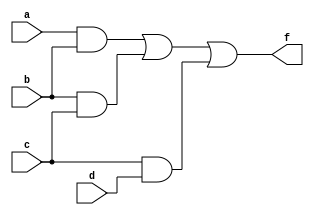
module MultiLevelSimplification (
    input wire a,      // Input variable a
    input wire b,      // Input variable b
    input wire c,      // Input variable c
    input wire d,      // Input variable d
    output wire f      // Output of the simplified logic function
);

// Intermediate signals for sub-functions
wire ab;            // Intermediate signal for AND operation
wire bc;            // Intermediate signal for AND operation
wire cd;            // Intermediate signal for AND operation
wire or1;           // Intermediate signal for OR operation
wire or2;           // Intermediate signal for OR operation

// Step 1: Factorization and Sub-function Implementation
// Example: f = (a AND b) OR (b AND c) OR (c AND d)
// Sub-function 1: ab = a AND b
assign ab = a & b;

// Sub-function 2: bc = b AND c
assign bc = b & c;

// Sub-function 3: cd = c AND d
assign cd = c & d;

// Step 2: Combine sub-functions using OR gates
// Example: Combine the results of the sub-functions
assign or1 = ab | bc; // Combine first two sub-functions
assign or2 = or1 | cd; // Combine with the third sub-function

// Final output
assign f = or2; // Final simplified output

endmodule